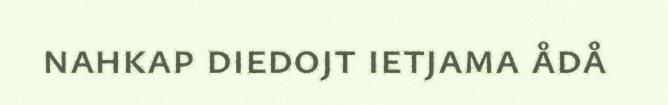
nahkap diedojt ietjama ådå